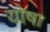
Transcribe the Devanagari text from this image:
योषा